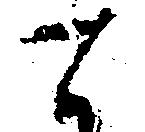
て